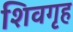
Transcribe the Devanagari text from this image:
शिवगृह